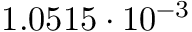
1 . 0 5 1 5 \cdot 1 0 ^ { - 3 }